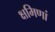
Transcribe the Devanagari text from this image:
क्षमिणां